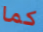
كما